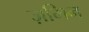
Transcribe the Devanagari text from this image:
ज़मिन